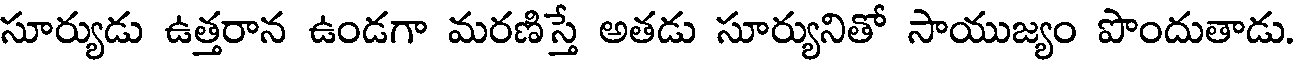
సూర్యుడు ఉత్తరాన ఉండగా మరణిస్తే అతడు సూర్యునితో సాయుజ్యం పొందుతాడు.